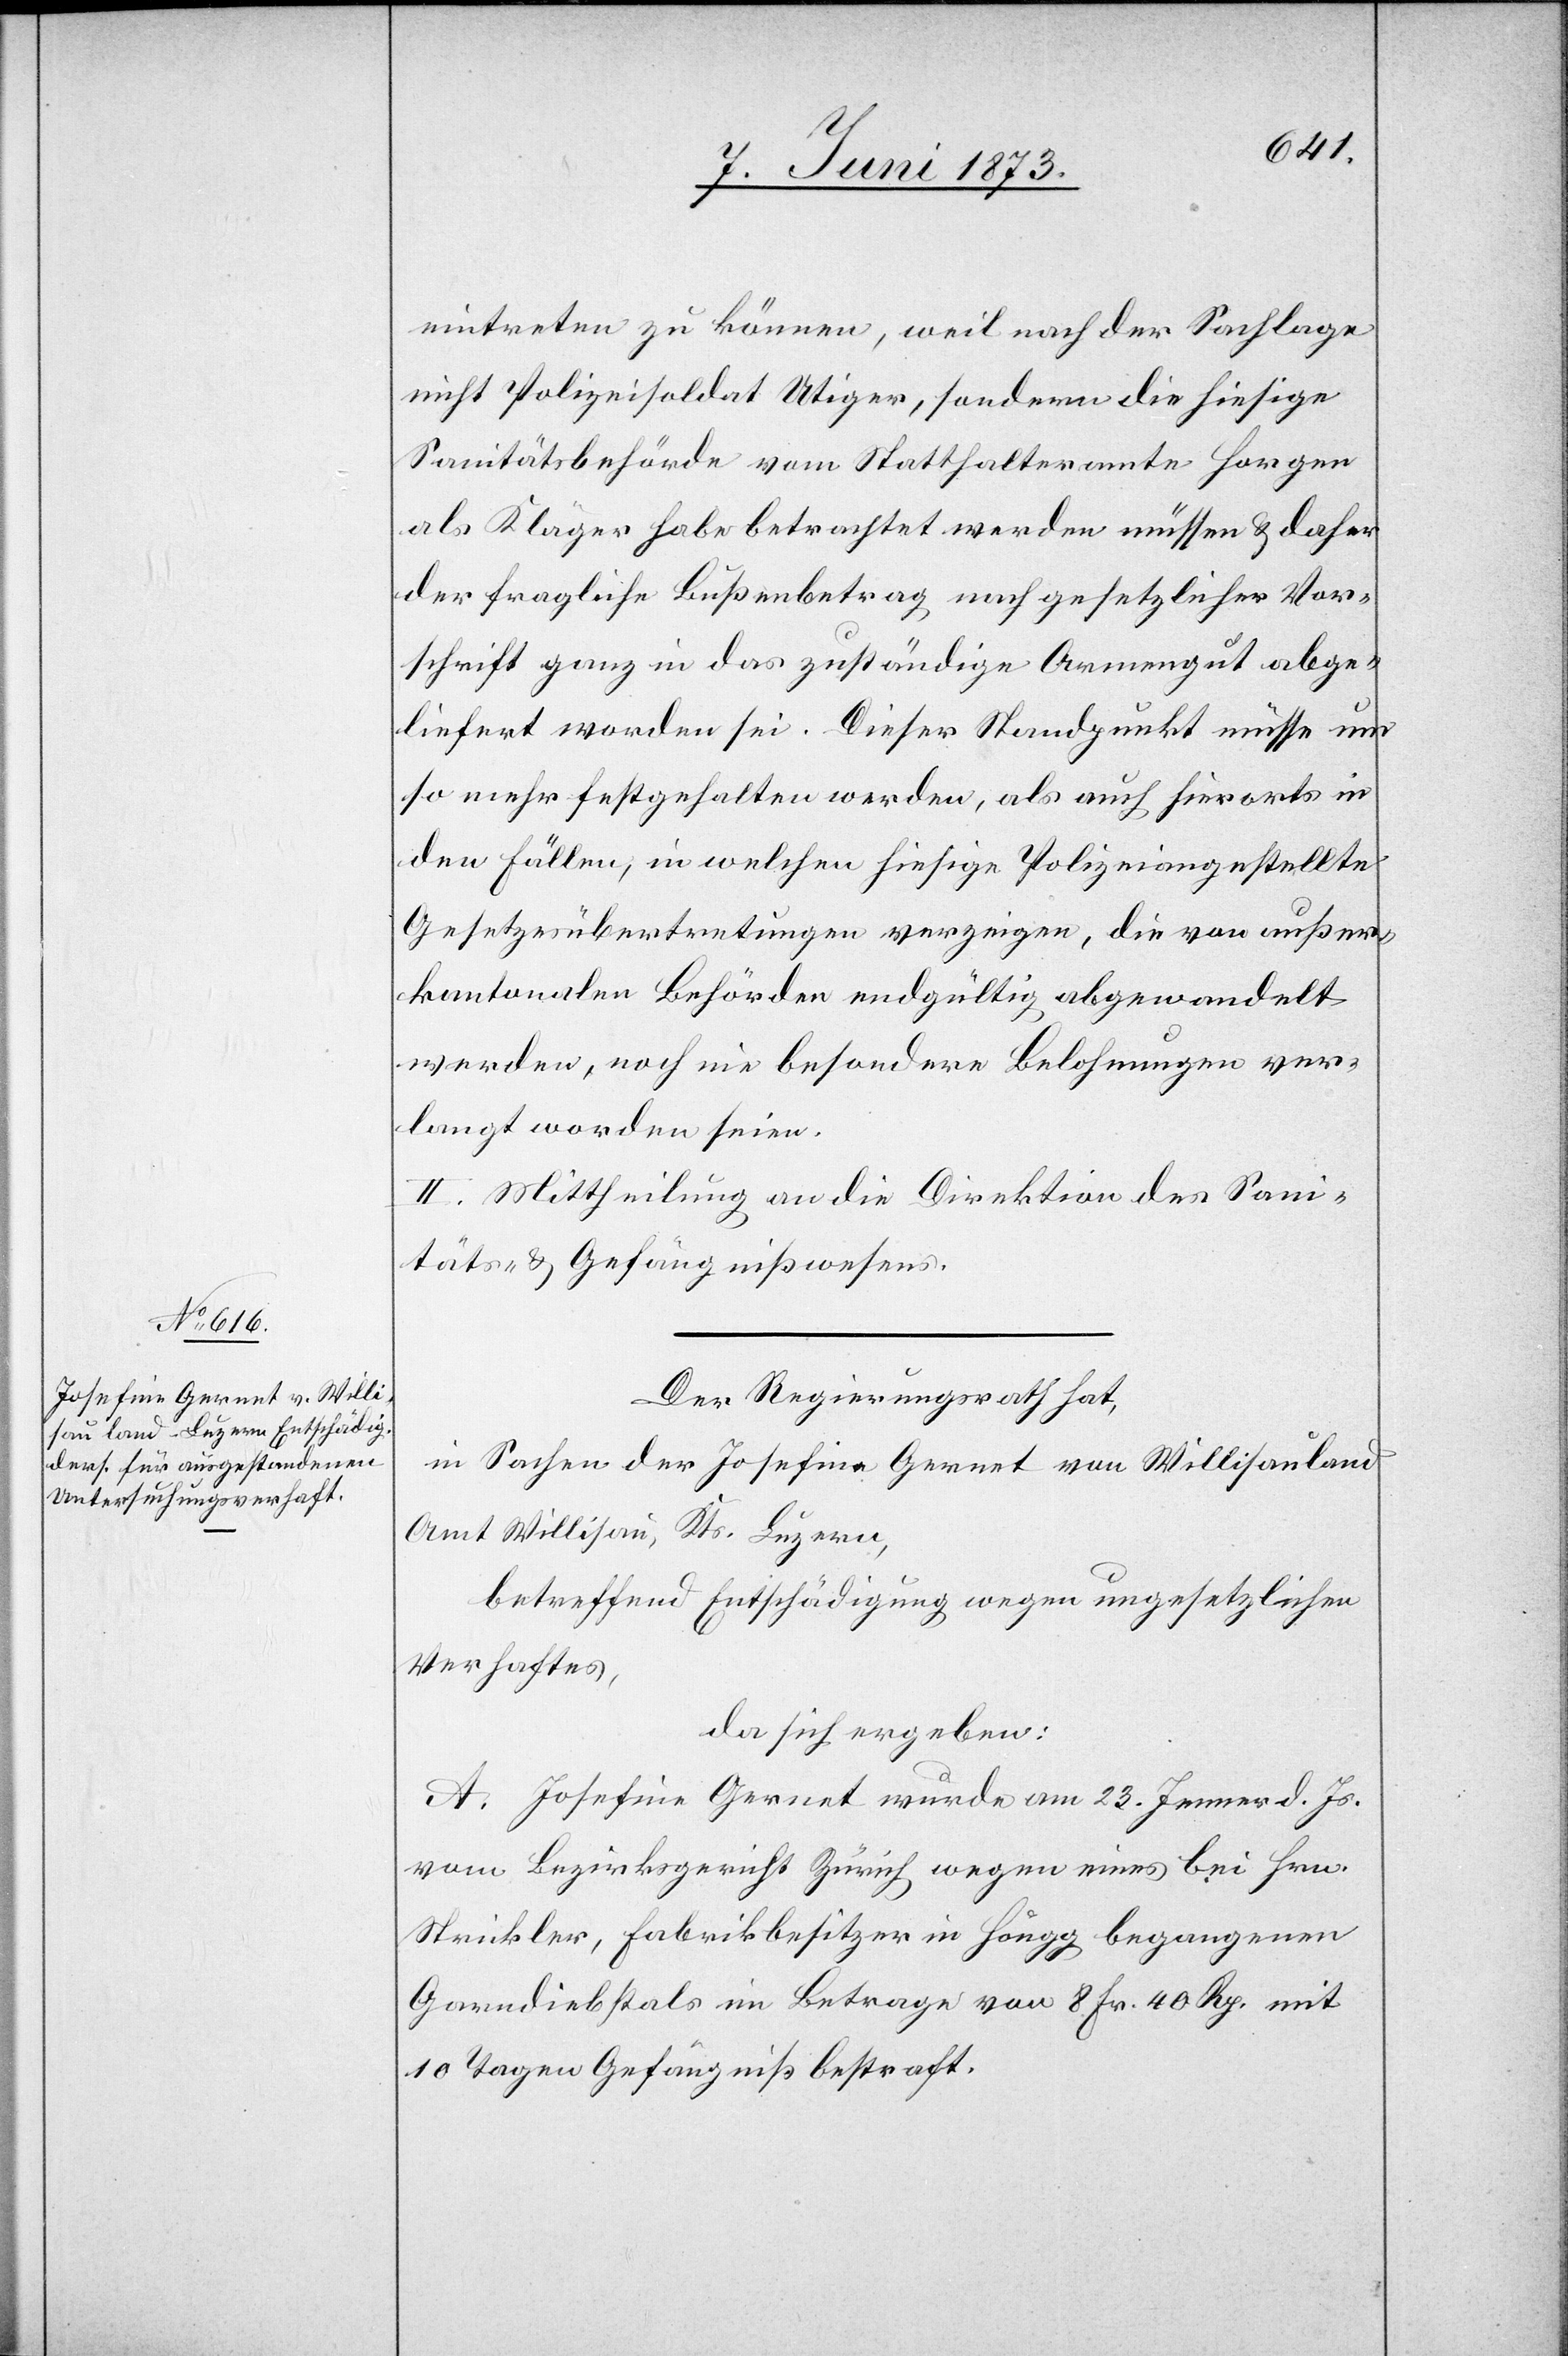
eintreten zu können, weil nach der Sachlage
nicht Polizeisoldat Utiger, sondern die hiesige
Sanitätsbehörde vom Statthalteramte Horgen
als Kläger habe betrachtet werden müssen & daher
der fragliche Bußenbetrag nach gesetzlicher Vor¬
schrift ganz in das zuständige Armengut abge¬
liefert worden sei. Dieser Standpunkt müsse um
so mehr festgehalten werden, als auch hierorts in
den Fällen, in welchen hiesige Polizeiangestellte
Gesetzesübertretungen verzeigen, die von außer¬
kantonalen Behörden endgültig abgewandelt
werden, noch nie besondere Belohnungen ver¬
langt worden seien.
II. Mittheilung an die Direktion des Sani¬
täts- & Gefängnißwesens.
Der Regierungsrath hat,
in Sachen der Josefine Gernet von Willisauland
Amt Willisau, Kts. Luzern,
betreffend Entschädigung wegen ungesetzlichen
Verhaftes,
da sich ergeben:
A. Josefine Gernet wurde am 23. Jenner d. Js.
vom Bezirksgericht Zürich wegen eines bei Hrn.
Strickler, Fabrikbesitzer in Höngg begangenen
Garndiebstals im Betrage von 8 Fr. 40 Rp. mit
10 Tagen Gefängniß bestraft.